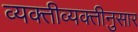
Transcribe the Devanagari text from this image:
व्यक्तीव्यक्तीनुसार